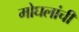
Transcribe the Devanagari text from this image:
मोघलांची